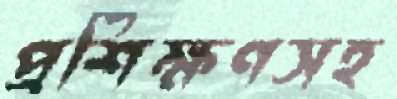
প্রশিক্ষণসহ